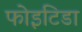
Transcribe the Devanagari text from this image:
फोइटिडा